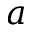
a